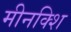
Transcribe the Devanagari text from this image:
मीनक्शि